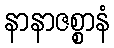
နာနာဇစ္စာနံ